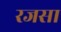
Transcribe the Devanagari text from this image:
रजसा